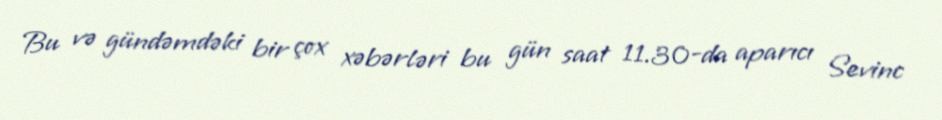
Bu və gündəmdəki bir çox xəbərləri bu gün saat 11.30-da aparıcı Sevinc